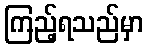
ကြည့်ရသည်မှာ